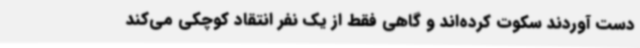
دست آوردند سکوت کرده‌اند و گاهی فقط از یک نفر انتقاد کوچکی می‌کند